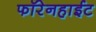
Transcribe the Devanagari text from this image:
फॉरेनहाईट